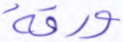
ورقة